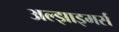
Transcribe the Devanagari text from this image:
अल्झाइमर्स